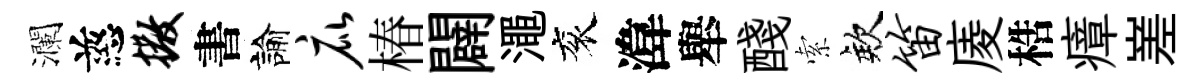
瀾慈撒書諭庇椿闢澠衮湋舉醆索欸笛庱梏瘴嵳